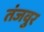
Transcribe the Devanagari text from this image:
तंजवुर